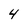
Character: 4